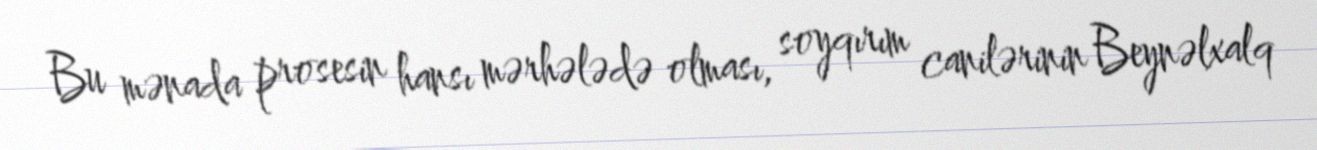
Bu mənada prosesin hansı mərhələdə olması, soyqırım canilərinin Beynəlxalq